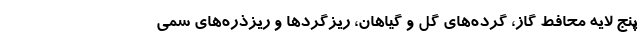
پنج لایه محافط گاز، گرده‌های گل و گیاهان، ریزگردها و ریزذره‌های سمی